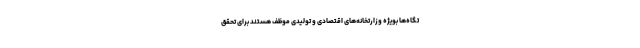
تگاه‌ها بویژه وزارتخانه‌های اقتصادی و تولیدی موظف هستند برای تحقق